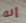
إنه